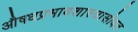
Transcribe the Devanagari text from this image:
औषधप्रभावशास्त्रासोबत